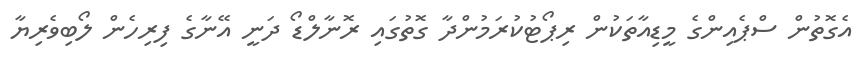
އެގޮތުން ސްޕެއިންގެ މީޑިއާތަކުން ރިޕޯޓުކުރަމުންދާ ގޮތުގައި ރޮނާލްޑޯ ދަނީ އޭނާގެ ފިރިހެން ލޯބިވެރިޔާ